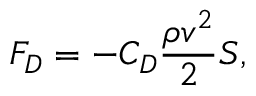
F _ { D } = - C _ { D } \frac { \rho v ^ { 2 } } { 2 } S ,